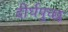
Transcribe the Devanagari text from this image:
दीर्घपुच्छ